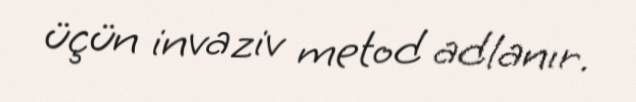
üçün invaziv metod adlanır.